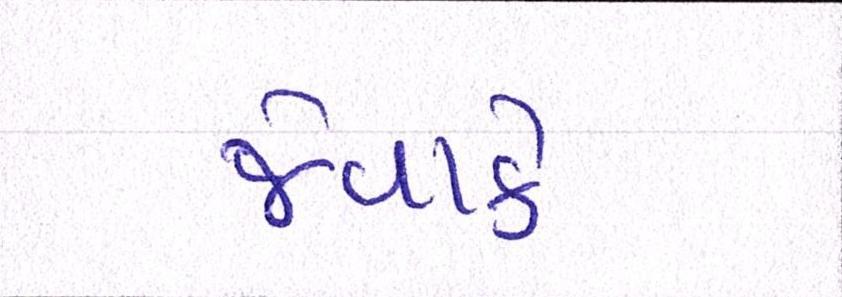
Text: જેવાકે